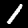
Digit: 1